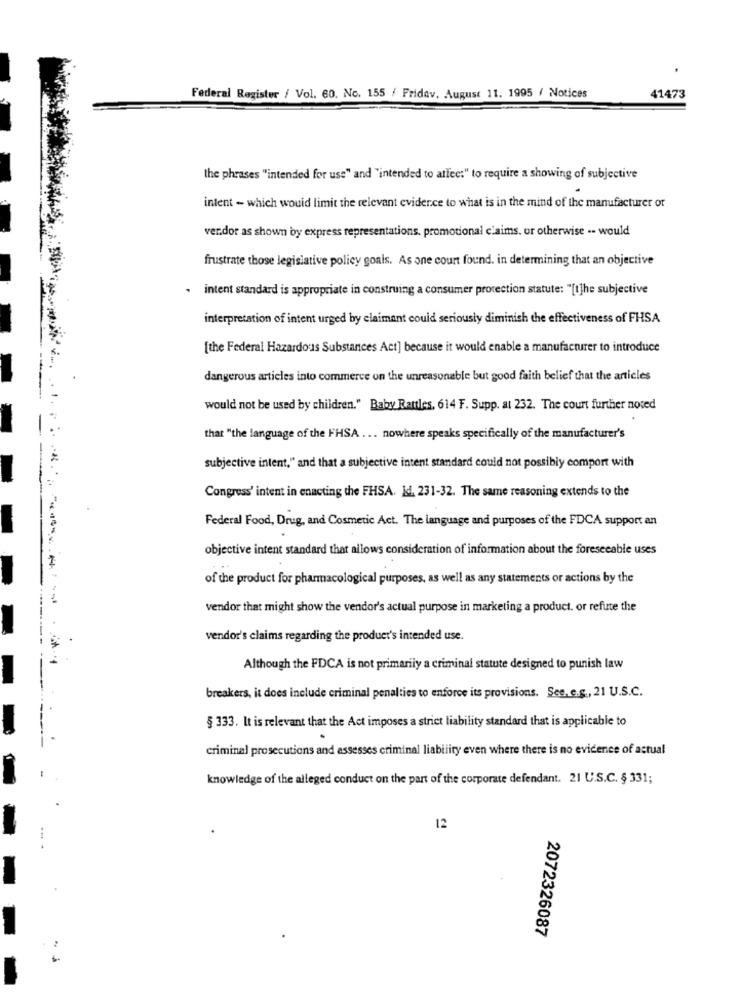
Federal Register / Vol. 60. No. 155 / Friday, August 11. 1995 / Notices
41473
the phrases "intended for use" and "intended to atfec:" to require a showing of subjective
intent - which would limit the relevant evidence to what is in the mind of the manufacturer or
verdor as shown by express representations. promotional claims. or otherwise -- would
frustrate those legislative policy goals. As one court found. in determining that an objective
. intent standard is appropriate in construing a consumer protection statute: "[t]he subjective
interpretation of intent urged by claimant could seriously diminish the effectiveness of FHSA
[the Federal Hazardous Substances Act] because it would enable a manufacturer to introduce
dangerous articles into commerce on the unreasonable but good faith belief that the articles
would not be used by children." Baby Rattles, 614 F. Supp. at 232. The court further noted
that "the language of the FHSA ... nowhere speaks specifically of the manufacturer's
subjective intent," and that a subjective intent standard could not possibly comport with
Congress' intent in enacting the FHSA. Id. 231-32. The same reasoning extends to the
Federal Food, Drug, and Cosmetic Act. The language and purposes of the FDCA support an
objective intent standard that allows consideration of information about the foreseeable uses
of the product for pharmacological purposes, as well as any statements or actions by the
vendor that might show the vendor's actual purpose in marketing a product. or refute the
.-------
vendor's claims regarding the product's intended use.
Although the FDCA is not primarily a criminal statute designed to punish law
breakers, it does include criminal penalties to enforce its provisions. See, e.g ., 21 U.S.C.
§ 333. It is relevant that the Act imposes a strict liability standard that is applicable to
criminal prosecutions and assesses criminal liability even where there is no evidence of actual
knowledge of the alleged conduct on the part of the corporate defendant. 21 U.S.C. § 331;
12
2072326087